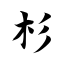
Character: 杉